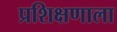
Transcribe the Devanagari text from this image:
प्रशिक्षणाला